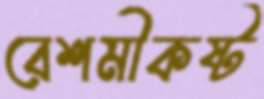
রেশমীকষ্ট